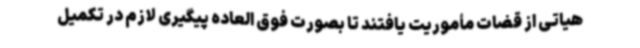
هیاتی از قضات مأموریت یافتند تا بصورت فوق العاده پیگیری لازم در تکمیل